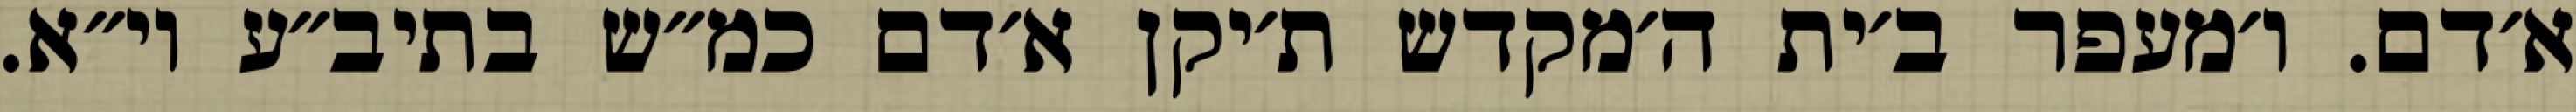
א׳דם. ו׳מעפר ב׳ית ה׳מקדש ת׳יקן א׳דם כמ״ש בתיב״ע וי״א.